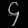
Digit: ၄